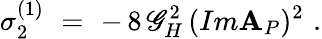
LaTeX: \sigma_{2}^{(1)}\, \, =\, \, -\, 8\, \mathscr{G}_{H}^{2}\, (Im\mathbf{A}_{P})^{2}\, \, .